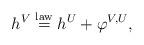
LaTeX: \begin{align*}h^{V}\overset{\mathrm{law}}{=}h^{U}+\varphi^{V,U},\end{align*}